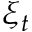
\xi _ { t }